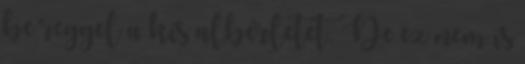
be reggel a kis albérletet. De ez nem is